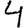
Digit: 4